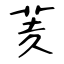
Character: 羐